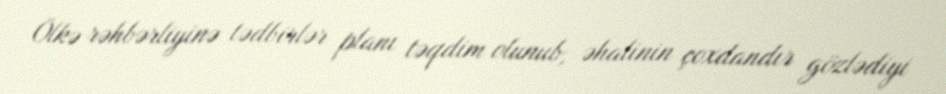
Ölkə rəhbərliyinə tədbirlər planı təqdim olunub, əhalinin çoxdandır gözlədiyi